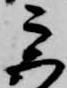
宮